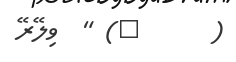
(      ٣) "  ވިލޭރޭ